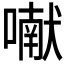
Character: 𰈯